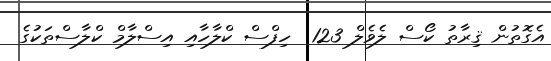
އެގޮތުން ޤިރާތު ކޯސް ލެވެލް 123  ހިފްސް ކްލާހާއި އިސްލާމް ކްލާސްތަކުގެ